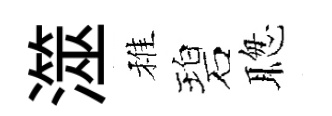
澨稚碧聦